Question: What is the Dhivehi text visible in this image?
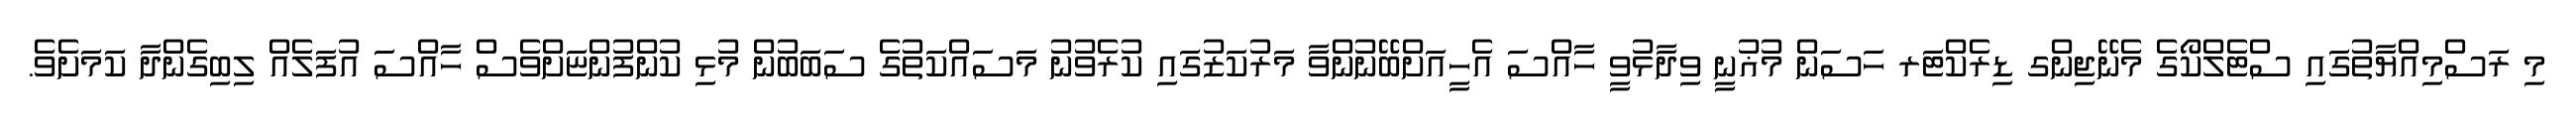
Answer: މި ރަސްމިއްޔާތުގައި ސްޓެލްކޯގެ މެނޭޖިންގ ޑިރެކްޓަރ ހަސަން މުޣުނީ ވިދާޅުވީ ހާއްސަ އެހީއަށްބޭނުންވާ މަރުކަޒުގައި ކުރެވުނު މަސައްކަތުގެ ސަބަބުން މުޅި ކުންފުންޏަށްވެސް ހާއްސަ އުފަލެއް ލިބިގެންދާ ކަމަށެވެ.